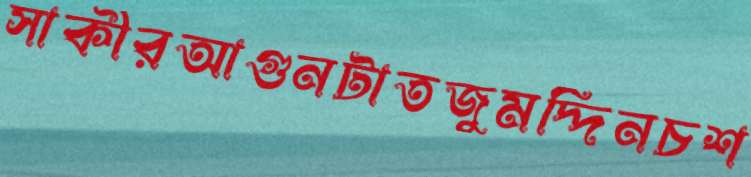
সাকীরআগুনটাতজুমদ্দিনচশ